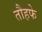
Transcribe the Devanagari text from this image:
तौहफे